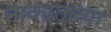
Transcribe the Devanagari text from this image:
नाकातल्या